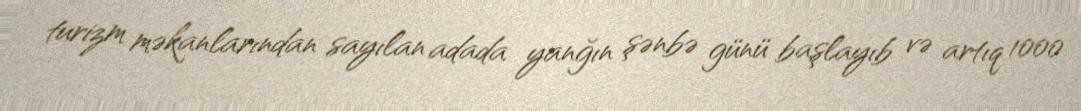
turizm məkanlarından sayılan adada yanğın şənbə günü başlayıb və artıq 1000